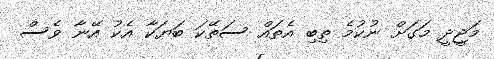
މަޖީދީ މަގަށް ނުކުމެ ތިބި އެތައް ސަތޭކަ ބަޔަކާ އެކު އޭނާ ވެސް